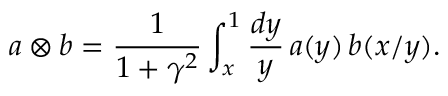
a \otimes b = \frac { 1 } { 1 + \gamma ^ { 2 } } \int _ { x } ^ { 1 } \frac { d y } { y } \, a ( y ) \, b ( x / y ) .